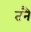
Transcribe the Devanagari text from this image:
तनै